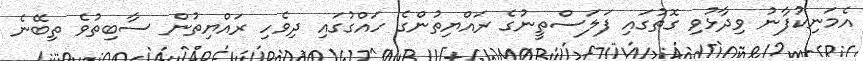
އެމަނިކުފާނު ވިދާޅުވި ގޮތުގައި ފަލަސްތީނުގެ ރައްޔިތުންގެ ހައްގުގައި ދިވެހި ރައްޔިތުން ސާބިތުވެ ތިބޭނެ